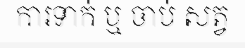
ការទាក់ ឬ ចាប់ សត្វ